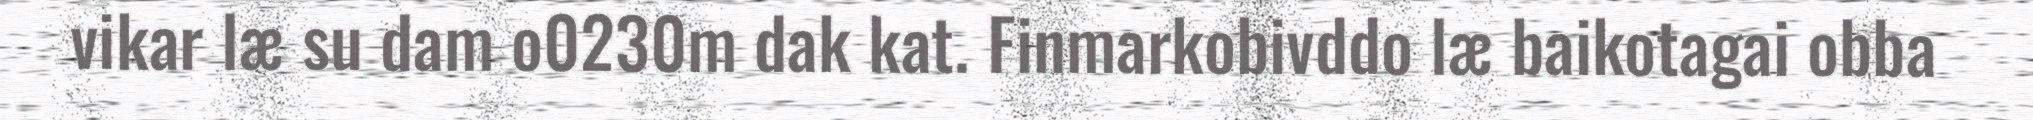
vikar læ su dam o0230m dak kat. Finmarkobivddo læ baikotagai obba